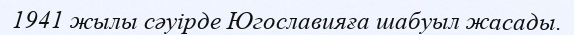
1941 жылы сәуірде Югославияға шабуыл жасады.